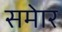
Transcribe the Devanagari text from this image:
समेार